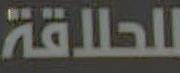
للحلاقة